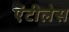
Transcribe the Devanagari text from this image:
एंटीलेस